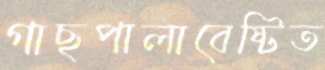
গাছপালাবেষ্টিত